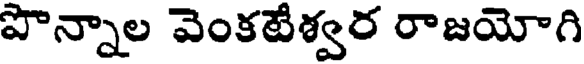
పొన్నాల వెంకటేశ్వర రాజయోగి